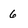
Character: 6